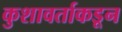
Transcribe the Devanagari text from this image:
कुशावर्ताकडून